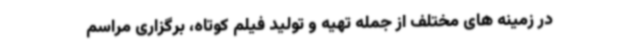
در زمینه های مختلف از جمله تهیه و تولید فیلم کوتاه، برگزاری مراسم